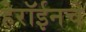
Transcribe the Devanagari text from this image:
हेरॉईनचे